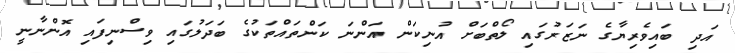
އަދި ބައިވެރިޔާގެ ނަޒަރުގައި ލޯތްބަށް އުނިކަން އަންނަ ކަންތައްތަކުގެ ބަދަލުގައި ވިސްނިފައި އޮންނާނީ